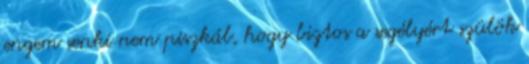
engem senki nem piszkál, hogy biztos a segélyért szülök